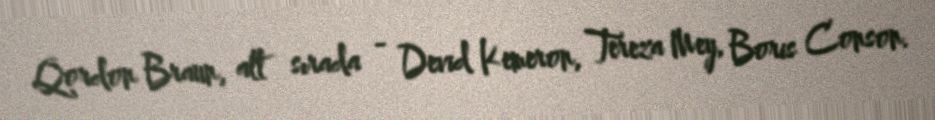
Qordon Braun, alt sırada - Devid Kemeron, Tereza Mey, Boris Conson.